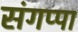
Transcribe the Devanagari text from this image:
संगप्पा